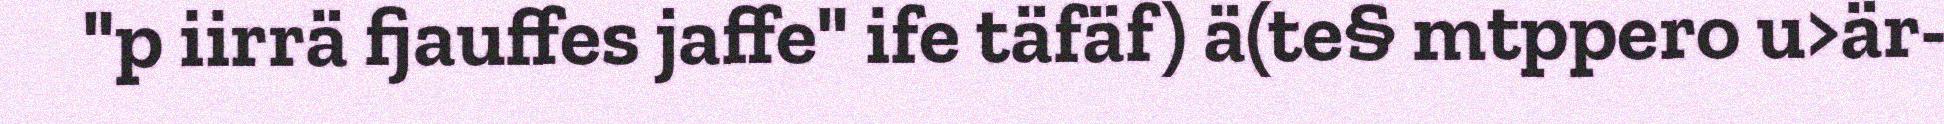
"p iirrä fjauffes jaffe" ife täfäf) ä(te§ mtppero u>är-